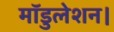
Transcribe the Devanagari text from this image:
मॉडुलेशन।